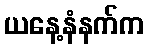
ယနေ့နံနက်က